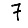
Digit: 7